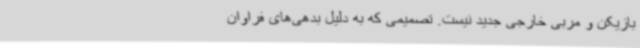
بازیکن و مربی خارجی جدید نیست. تصمیمی که به دلیل بدهی‌های فراوان